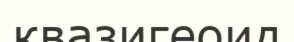
квазигеоид